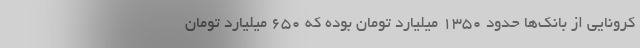
کرونایی از بانک‌ها حدود ۱۳۵۰ میلیارد تومان بوده که ۶۵۰ میلیارد تومان